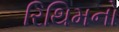
રિથિમનો